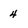
Character: 4